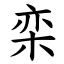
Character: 栾